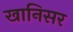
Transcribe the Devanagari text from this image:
खानिसर